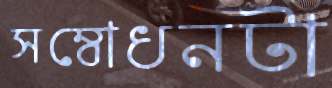
সম্বোধনটা